Leaving Certificate Examination (including Day School Certificate (Higher) General paper), 1926
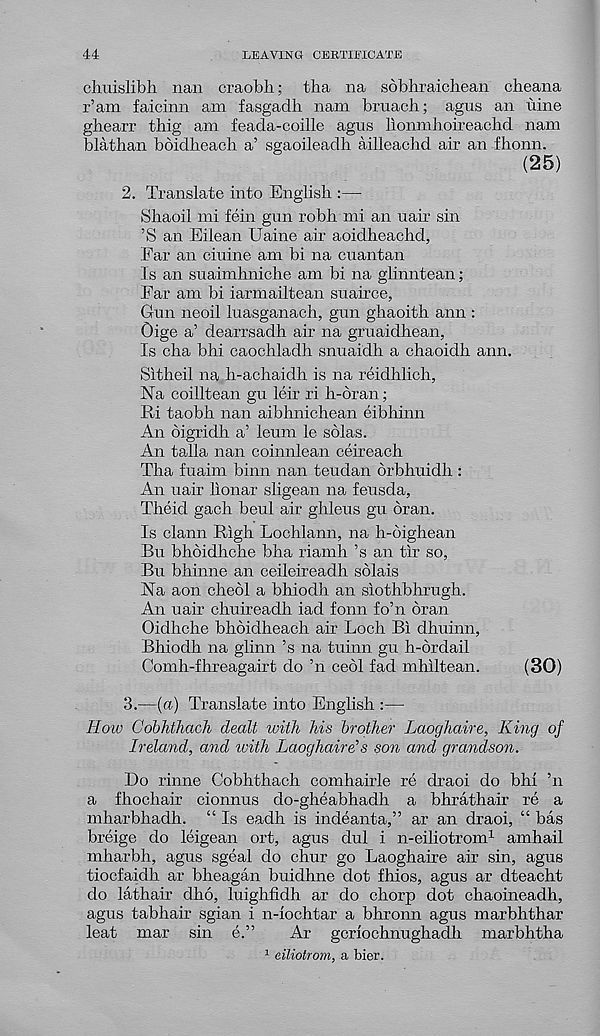
44
LEAVING CERTIFICATE
chuislibli nan craobli; tba na sobhraichean cheana
r’am faicinn am fasgadh nam bruach; agus an nine
ghearr thig am feada-coille agus lionmhoireachd nam
blathan boidbeacb a’ sgaoileadh ailleacbd air an fhonn.
(25)
2. Translate into English :—
Shaoii mi fein gun robh mi an uair sin
’S an Eilean Uaine air aoidheachd,
Ear an ciuine am bi na cuantan
Is an suaimhniche am bi na glinntean;
Ear am bi iarmailtean suairce,
Gun neoil luasganach, gun gbaoith aim :
Oige a’ dearrsadh air na gruaidhean,
Is cha bhi caochladh snuaidh a chaoidh ann.
Sitheil na h-achaidh is na reidhlich,
Na coilltean gu leir ri h-6ran;
Iti taobh nan aibhnichean eibhinn
An oigridh a’ leum le solas.
An talla nan coinnlean ceireach
Tha fuaim binn nan teudan drbhuidh :
An uair lionar sligean na feusda,
Theid gacb beul air ghleus gu bran.
Is clann Righ Lochlann, na h-oighean
Bn bhbidhche bha riamh’s an tir so,
Bn bhinne an ceileireadh sblais
Na aon cheol a bhiodh an siothbhrugh.
An uair chuireadh iad fonn fo’n bran
Oidhche bbbidheach air Loch Bi dhuinn,
Bhiodh na glinn ’s na tuinn gu h-brdail
Comh-fhreagairt do ’n cebl fad mhiltean.
(30)
3.
—(a) Translate into En
How Cobhthach dealt with his brother Laoghaire, King of
Ireland, and with Laoghaire's son and grandson.
Do rinne Cobhthach comhairle re draoi do bhi ’n
a fhochair cionnus do-gheabhadh a bhrathair re a
mharbhadh. “ Is eadh is indeanta,” ar an draoi, “ bas
breige do leigean ort, agus dul i n-eiliotrom 1 amhail
mharbh, agus sgeal do chur go Laoghaire air sin, agus
tiocfaidh ar bheagan buidhne dot fhios, agus ar dteacht
do lathair dho, luighfidh ar do chorp dot chaoineadh,
agus tabhair sgian i n-iochtar a bhronn agus marbhthar
leat mar sin e.”
Ar gcriochnughadh marbhtha
1 eiliotrom, a bier.